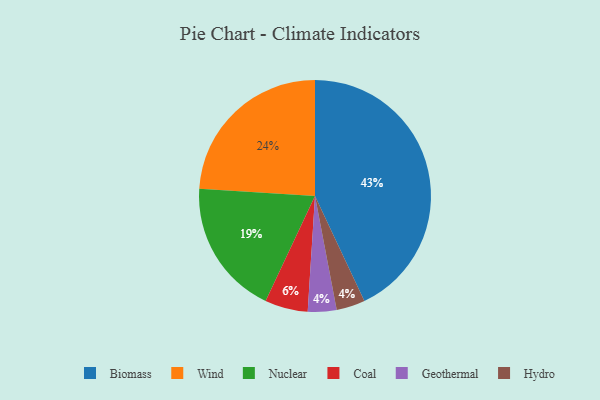
{"axis": {"x": "Category", "y": "Percentage"}, "legend": ["Biomass", "Coal", "Geothermal", "Hydro", "Nuclear", "Wind"], "data": [{"x": "Wind", "y": 24, "type": "Wind"}, {"x": "Geothermal", "y": 4, "type": "Geothermal"}, {"x": "Hydro", "y": 4, "type": "Hydro"}, {"x": "Coal", "y": 6, "type": "Coal"}, {"x": "Biomass", "y": 43, "type": "Biomass"}, {"x": "Nuclear", "y": 19, "type": "Nuclear"}]}